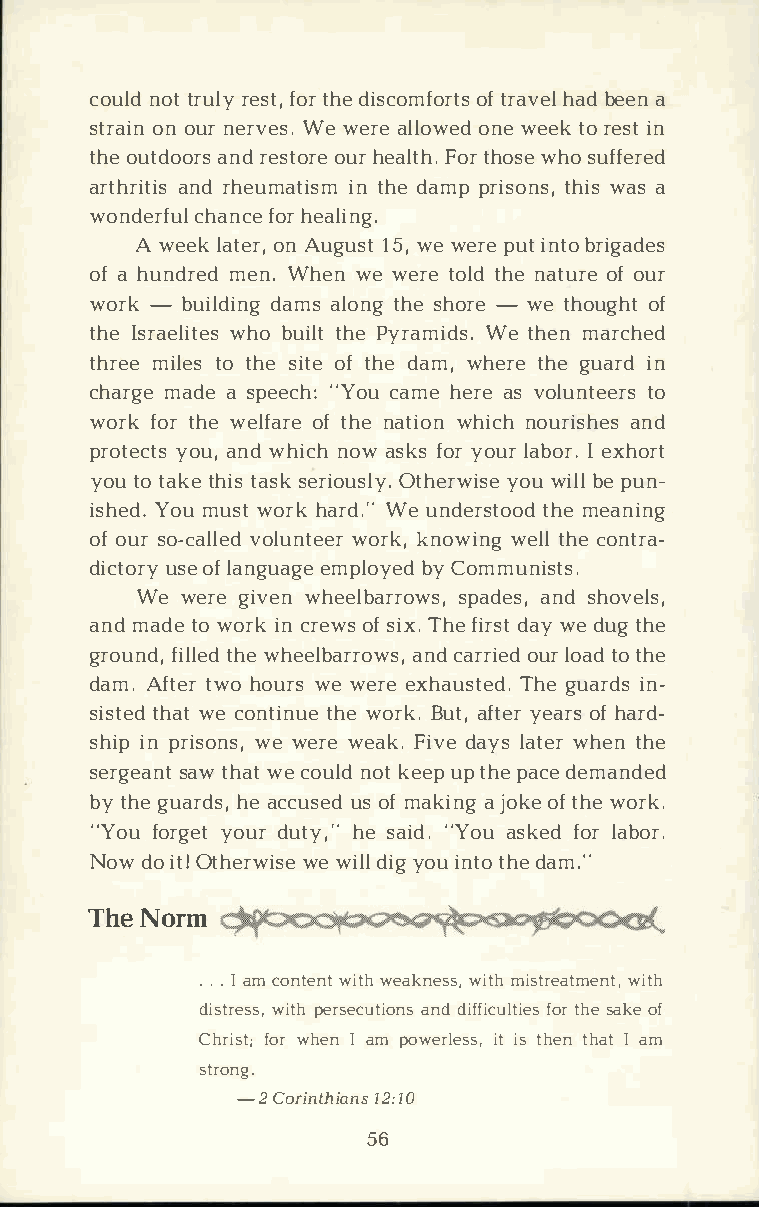
counlodtt r urleysf tot,rh dei scomoffto rrathvsae bdle ean
 stroanio nu nre rvWeesw .e rael loownewede etkor eisnt
 thoeu tdoaonrrdse stoourhree alFtohtr.h owsheos uffered
 arthraintdr ihse umaitnit shdmea mppr istohniwssa, s a
 wondecrhfaunlfc ohere aling.
 A weelka toenrA ,u gu1s5tw, e w erpeu itn tbor igades
 ofa h undrmeednW .h enw ew erteo ltdhn ea tuorfoe u r
 wor-k builddianmagsl otnhgse h o-rew et houogfh t
 thIes raewlhiobt ueistl htPe y ramWiedt sh.e n marched
 thrmeiel teost hsei toeft hdea mw,h erteh geu aridn
 charmgaed aes pee"cYho:cu a mhee raesv oluntteoe rs
 worfko trh wee lfoafrt ehn ea tiwohni cnho uriasnhde s
 protyeocuta,sn d wnhoiwca hs kfsoy ro ulra bIoe rx.h ort
 yotu ot akteh tiass ske rioOutshleyr.yw oius ebw eip luln ­
 ishYeodu.m uswto rhka rdW.e"u nderstthomeoe da ning
 ofo usro -cavlolleudnw toerekkrn, o wiwneglt lhc eo ntra­
 dictuosroeyfl angueamgpel obyyCe odm munists.
 We wergei vewnh eelbarsrpoawdasen,sds , h ovels,
 anmda dteow oriknc reowfss i Txh.fe i rdsatwy e d utgh e
 groufnidl,tl hewedh eelbaarnrcdoa wrsr,oi uelrdo atdo the
 damA.f ttewroh ouwresw ereex hausTtheegd u.a ridns­
 sisttheawdte c ontitnhuweeo rBku.t a,f tyeera orfhs a rd­
 shiipnp riswoenw se,r wee akF.i vdea ylsa twehre tnh e
 sergesaantwt h awtec ounlodkt e euppt hpea cdee manded
 byt he  guhaer dasc,cu usos fme adk ianj go koeft hweo rk.
 "Yofuo rgyeotud ru tyh,es" a i"dY.o aus kefdol ra bor.
 Nowd oi tO!t herwweiw siedl ilyg o iun ttohd ea m."
 ThNeo  rm
 ..I.a mc ontweinttwh e aknweistsmh,i streawtimtehn t,
 distrweistsh, persaencddu itfifoincfsuot lrht seia ekosef
 Chrifsotwr;h enIa mp owerlietis sts h,e tnh aIta m
 strong.
 -2 Corint1h2i:a1n0s
 56